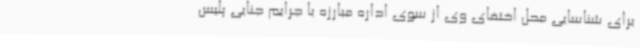
برای شناسایی محل اختفای وی از سوی اداره مبارزه با جرایم جنایی پلیس